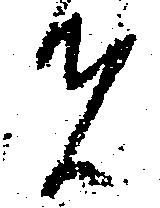
者